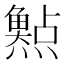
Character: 𤑰